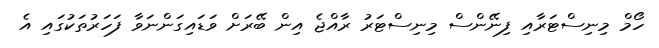
ހޯމް މިނިސްޓަރާއި ފިނޭންސް މިނިސްޓަރު ރާއްޖެ އިން ބޭރަށް ވަޑައިގަންނަވާ ފަހަރުތަކުގައި އެ